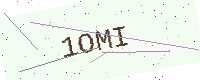
Text: 1OMI